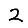
Digit: 2